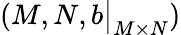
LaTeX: \left(M,N,b{\big\vert}_{M\times N}\right)